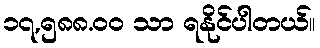
၁၇,၅၈၈.၀၀ သာ ရနိုင်ပါတယ်။